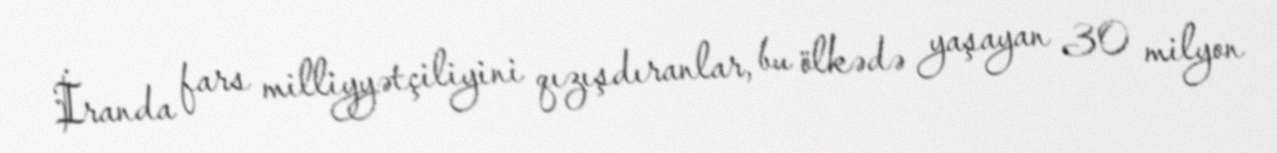
İranda fars milliyyətçiliyini qızışdıranlar, bu ölkədə yaşayan 30 milyon